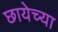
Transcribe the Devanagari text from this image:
छायेच्या